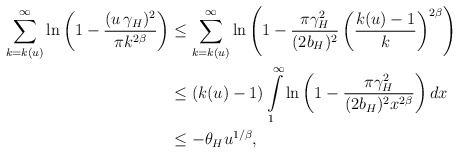
\begin{align*} \sum\limits_{k=k(u)}^{\infty}\ln\left(1-\frac{(u\,\gamma_H)^2}{\pi k^{2\beta}}\right)&\leq \sum\limits_{k=k(u)}^{\infty}\ln\left(1-\frac{\pi\gamma_H^2}{(2b_H)^2 }\left(\frac{k(u)-1}{k}\right)^{2\beta}\right)\\ &\leq (k(u)-1)\int\limits_1^{\infty}\ln\left(1-\frac{\pi\gamma_H^2}{(2b_H)^2 x^{2\beta}}\right)dx\\ &\leq -\theta_H u^{1/\beta},\end{align*}